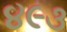
૪૯૩